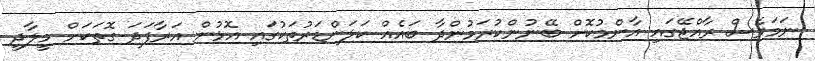
ނަމަވެސް ރާއްޖޭގައި އާންމުކޮށް ބޭނުންކުރަމުންދާ ބައެއް ކަލަންޑަރުތަކުގައި އޮޅުން އަރާފަދަ ގޮތަކަށް މީލާދީ